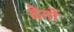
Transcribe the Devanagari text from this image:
वेतों